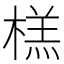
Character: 榚